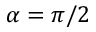
\alpha = \pi / 2